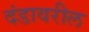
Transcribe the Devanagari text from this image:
दंडावरील